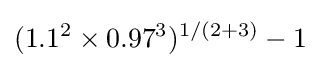
(1.1^{2}\times 0.97^{3})^{1/(2+3)}-1